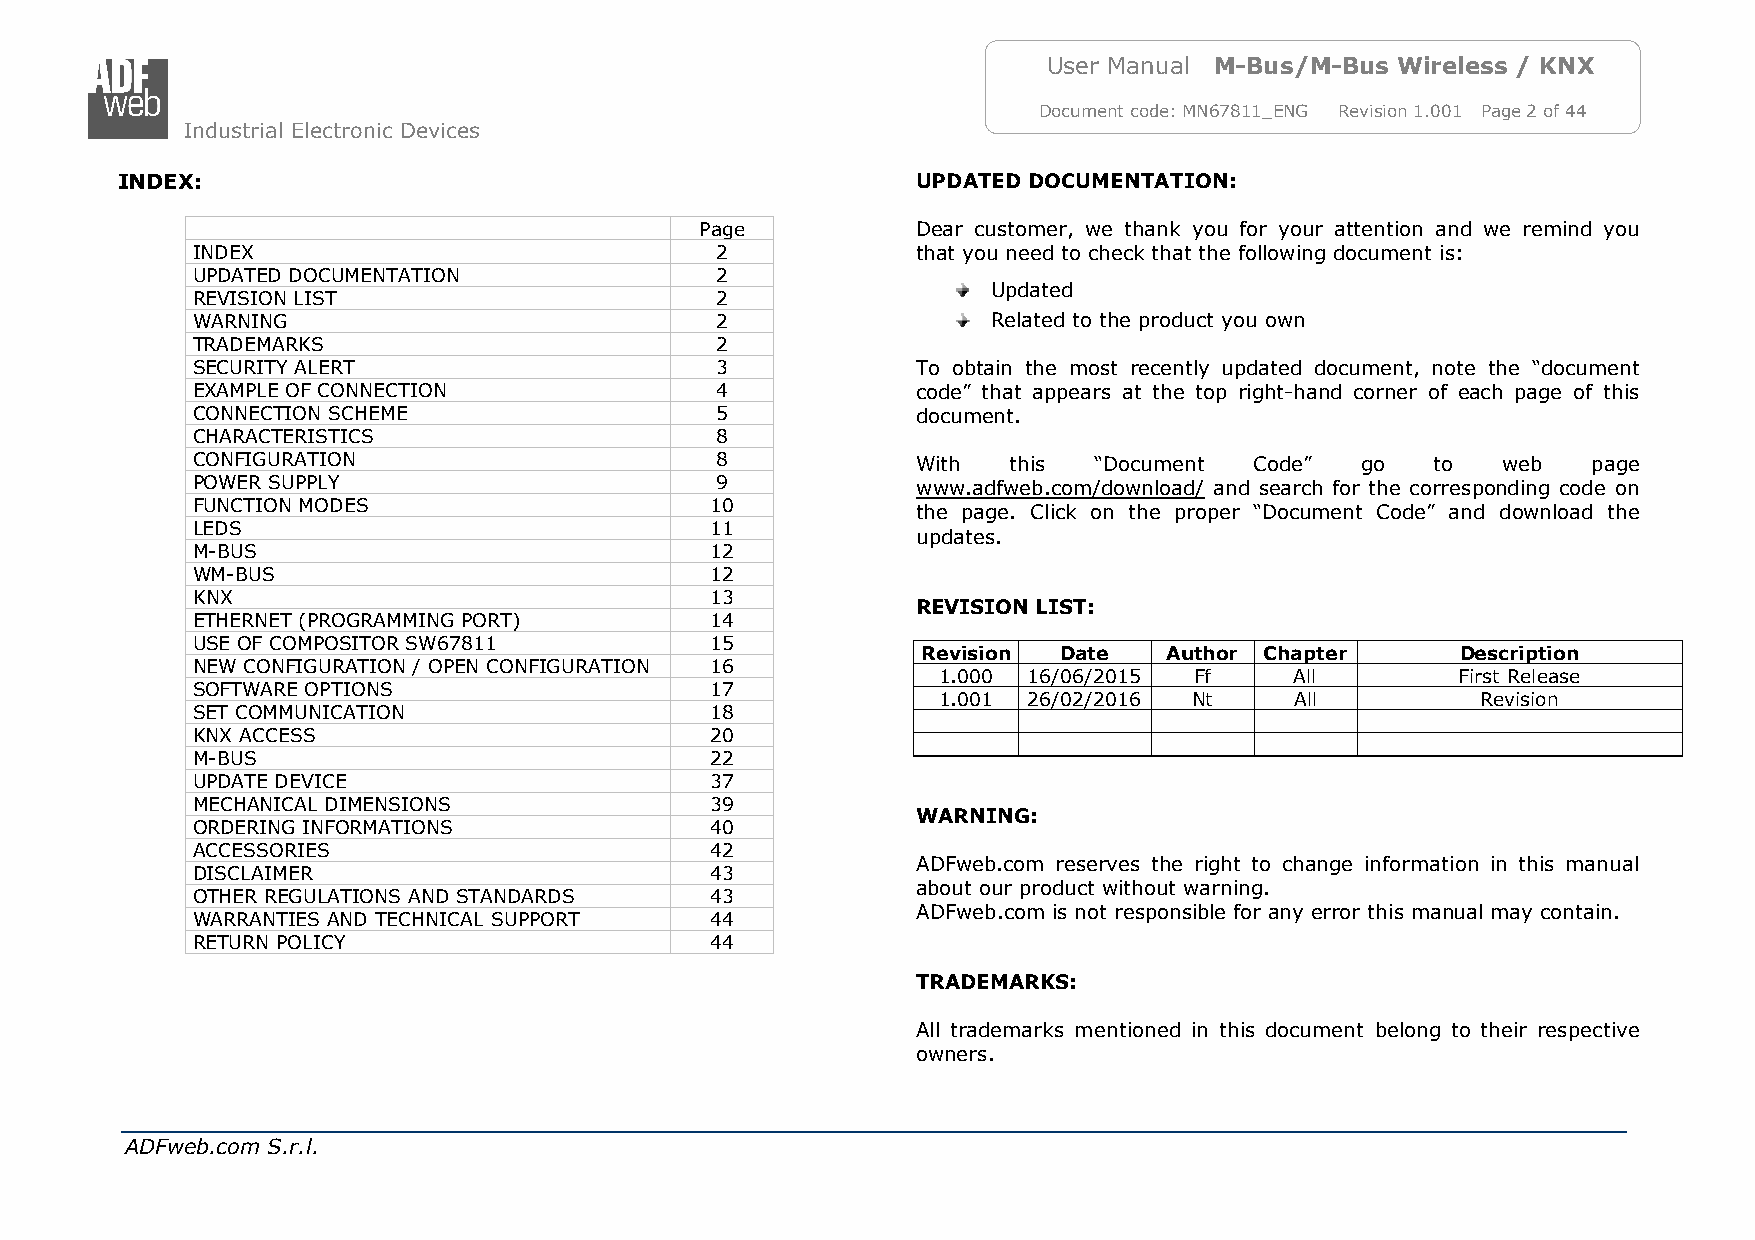
User Manual M-Bus/M-Bus Wireless / KNX
 Document code: MN67811_ENG Revision 1.001 Page 2 of 44
 Industrial Electronic Devices
 INDEX:                                               UPDATED DOCUMENTATION:
 Page           Dear customer, we thank you for your attention and we remind you
 INDEX                             2             that you need to check that the following document is:
 UPDATED DOCUMENTATION             2
 Updated
 REVISION LIST                     2
 WARNING                           2                  Related to the product you own
 TRADEMARKS                        2
 SECURITY ALERT                    3             To obtain the most recently updated document, note the “document
 EXAMPLE OF CONNECTION             4             code” that appears at the top right-hand corner of each page of this
 CONNECTION SCHEME                 5             document.
 CHARACTERISTICS                   8
 CONFIGURATION                     8             With  this “Document  Code”  go   to  web   page
 POWER SUPPLY                      9             www.adfweb.com/download/ and search for the corresponding code on
 FUNCTION MODES                    10            the page. Click on the proper “Document Code” and download the
 LEDS                              11
 updates.
 M-BUS                             12
 WM-BUS                            12
 KNX                               13
 REVISION LIST:
 ETHERNET (PROGRAMMING PORT)       14
 USE OF COMPOSITOR SW67811         15
 Revision Date   Author Chapter      Description
 NEW CONFIGURATION / OPEN CONFIGURATION 16
 1.000 16/06/2015 Ff     All        First Release
 SOFTWARE OPTIONS                  17
 1.001 26/02/2016 Nt     All         Revision
 SET COMMUNICATION                 18
 KNX ACCESS                        20
 M-BUS                             22
 UPDATE DEVICE                     37
 MECHANICAL DIMENSIONS             39
 WARNING:
 ORDERING INFORMATIONS             40
 ACCESSORIES                       42
 ADFweb.com reserves the right to change information in this manual
 DISCLAIMER                        43
 about our product without warning.
 OTHER REGULATIONS AND STANDARDS   43
 ADFweb.com is not responsible for any error this manual may contain.
 WARRANTIES AND TECHNICAL SUPPORT  44
 RETURN POLICY                     44
 TRADEMARKS:
 All trademarks mentioned in this document belong to their respective
 owners.
 ADFweb.com S.r.l.